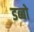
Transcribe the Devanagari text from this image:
डब्बो